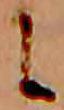
に